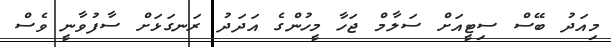
މިއަދު ބޭސް ސިޓީއަށް ސަލާމް ޖަހާ މީހުންގެ އަދަދު ރަނގަޅަށް ސާފުވާނީ ވެސް